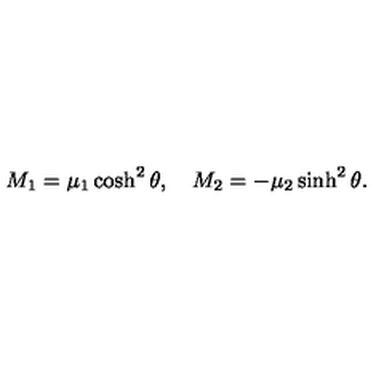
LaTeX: M _ { 1 } = \mu _ { 1 } \cosh ^ { 2 } \theta , \quad M _ { 2 } = - \mu _ { 2 } \sinh ^ { 2 } \theta .